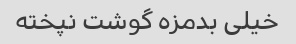
خیلی بدمزه گوشت نپخته